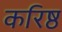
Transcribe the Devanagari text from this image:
करिष्ठ